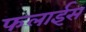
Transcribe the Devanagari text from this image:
फलाईस